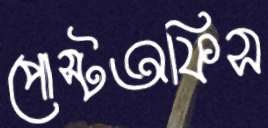
পোস্টঅফিস